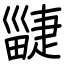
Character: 疀